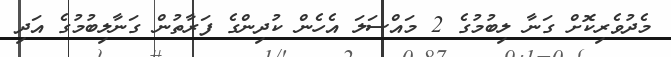
މެދުވެރިކޮށް ގަނާ ލިބުމުގެ 2 މައްސަލަ އެހެން ކުދިންގެ ފަރާތުން ގަނާލިބުމުގެ އަދި